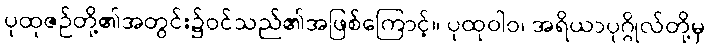
ပုထုဇဉ်တို့၏အတွင်း၌ဝင်သည်၏အဖြစ်ကြောင့်။ ပုထုဝါဝ၊ အရိယာပုဂ္ဂိုလ်တို့မှ